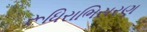
રૂધિરાભિસરણ